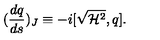
( \frac { d q } { d s } ) _ { J } \equiv - i [ \sqrt { { \cal H } ^ { 2 } } , q ] .